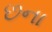
છના